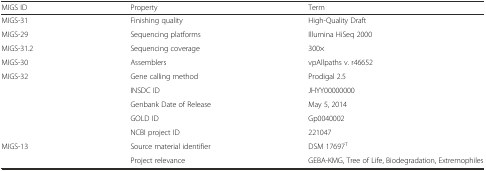
<table><thead><tr><td><b>MIGS ID</b></td><td><b>Property</b></td><td><b>Term</b></td></tr></thead><tbody><tr><td>MIGS-31</td><td>Finishing quality</td><td>High-Quality Draft</td></tr><tr><td>MIGS-29</td><td>Sequencing platforms</td><td>Illumina HiSeq 2000</td></tr><tr><td>MIGS-31.2</td><td>Sequencing coverage</td><td>300×</td></tr><tr><td>MIGS-30</td><td>Assemblers</td><td>vpAllpaths v. r46652</td></tr><tr><td>MIGS-32</td><td>Gene calling method</td><td>Prodigal 2.5</td></tr><tr><td></td><td>INSDC ID</td><td>JHYY00000000</td></tr><tr><td></td><td>Genbank Date of Release</td><td>May 5, 2014</td></tr><tr><td></td><td>GOLD ID</td><td>Gp0040002</td></tr><tr><td></td><td>NCBI project ID</td><td>221047</td></tr><tr><td>MIGS-13</td><td>Source material identifier</td><td>DSM 17697<sup>T</sup></td></tr><tr><td></td><td>Project relevance</td><td>GEBA-KMG, Tree of Life, Biodegradation, Extremophiles</td></tr></tbody></table>